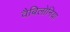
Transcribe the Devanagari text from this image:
वैबिलोनिया